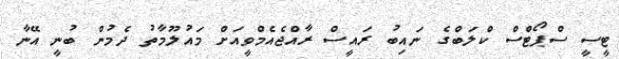
ޓީސީ ސްޕޯޓްސް ކްލަބްގެ ނައިބު ރައީސް ރާއްޖެއެމްވީއަށް މައުލޫމާތު ދެމުން ބުނީ އޭނާ